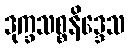
ဒုက္ခသစ္စနိဒ္ဒေသ